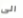
الى